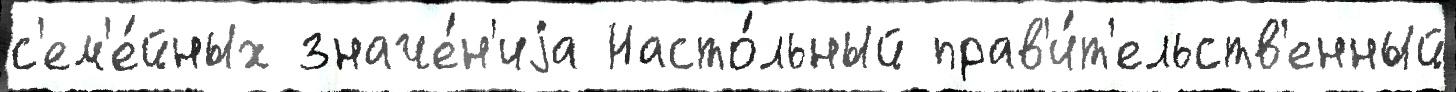
с'ем'е́йных значе́н'иjа Насто́льный прав'и́т'ельств'енный